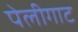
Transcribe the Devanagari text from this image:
पेलीगाट